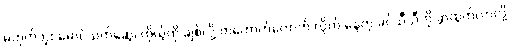
မဟုတ်ဘူး မောင်သက်ဆွေ၊ ကိုယ့်ကို ချစ်လို့ တကောက်ကောက် လိုက် နေတဲ့ ခင်သီသီကို ခွာထွက်လာလို့